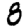
Digit: 8